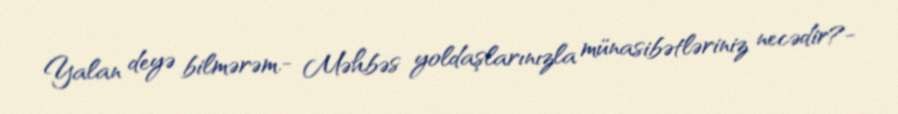
Yalan deyə bilmərəm.- Məhbəs yoldaşlarınızla münasibətləriniz necədir?-